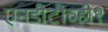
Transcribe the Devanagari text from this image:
एनडीटीव्ही९